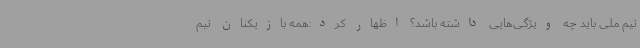
تیم ملی باید چه ویژگی‌هایی داشته باشد؟ اظهار کرد:همه بازیکنان تیم